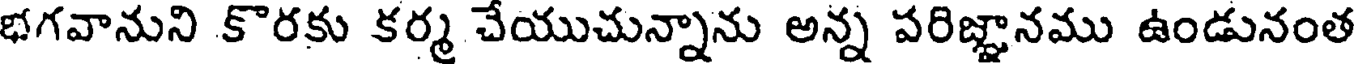
భగవానుని కొరకు కర్మ చేయుచున్నాను అన్న పరిజ్ఞానము ఉండునంత